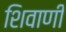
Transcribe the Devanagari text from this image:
शिवाणी